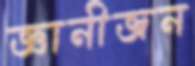
জ্ঞানীজন